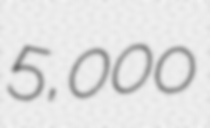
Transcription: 5,000